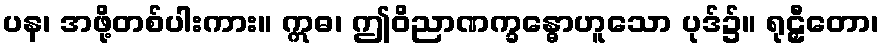
ပန၊ အဖို့တစ်ပါးကား။ ဣဓ၊ ဤဝိညာဏက္ခန္ဓောဟူသော ပုဒ်၌။ ရုဠှီတော၊